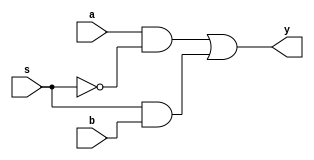
module mux_2_1(input a,b,s,output y);
wire i1,i2,sbar;
not not1(sbar,s);
and AND1(i1,a,sbar),(i2,s,b);
or OR1(y,i1,i2);
endmodule